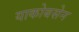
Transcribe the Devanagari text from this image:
याकोबसेन